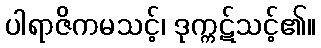
ပါရာဇိကမသင့်၊ ဒုက္ကဋ်သင့်၏။